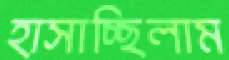
হাসাচ্ছিলাম